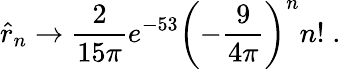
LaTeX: \hat{r}_{n}\to{\frac{2}{15\pi}}e^{-53}\left(-{\frac{9}{4\pi}}\right)^{n}n!\; .